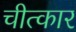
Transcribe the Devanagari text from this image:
चीत्‍कार